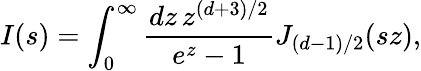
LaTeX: I(s)=\int_{0}^{\infty}{\frac{dz\, z^{(d+3)/2}}{e^{z}-1}}J_{(d-1)/2}(sz),